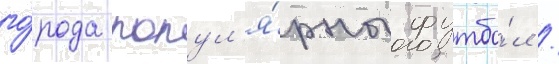
го́рода попул'я́рны футбо́л /